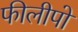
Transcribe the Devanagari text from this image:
फीलीपो